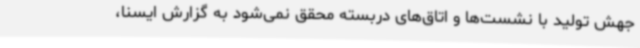
جهش تولید با نشست‌ها و اتاق‌های دربسته محقق نمی‌شود به گزارش ایسنا،